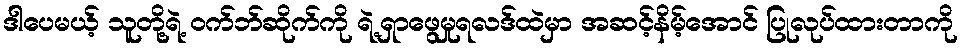
ဒါပေမယ့် သူတို့ရဲ့ ဝက်ဘ်ဆိုက်ကို ရဲ့ရှာဖွေမှုရလဒ်ထဲမှာ အဆင့်နိမ့်အောင် ပြုလုပ်ထားတာကို